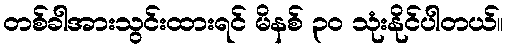
တစ်ခါအားသွင်းထားရင် မိနစ် ၃၀ သုံးနိုင်ပါတယ်။